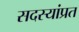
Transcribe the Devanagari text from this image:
सदस्यांप्रत